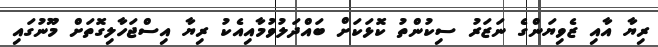
ރިޔާ އާއި ޒެވިޔަންގެ ނަޒަރު ސިކުންތު ކޮޅަކަށް ބައްދަލުވުމާއިއެކު ރިޔާ އިސްޖަހާލިގޮތަށް މޫނުގައި